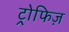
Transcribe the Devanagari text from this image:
ट्रोफिज़